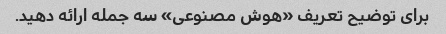
برای توضیح تعریف «هوش مصنوعی» سه جمله ارائه دهید.